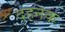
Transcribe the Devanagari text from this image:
दहनक